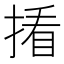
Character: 𪮑